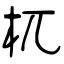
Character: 杌